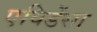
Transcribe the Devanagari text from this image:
एविडेंसा